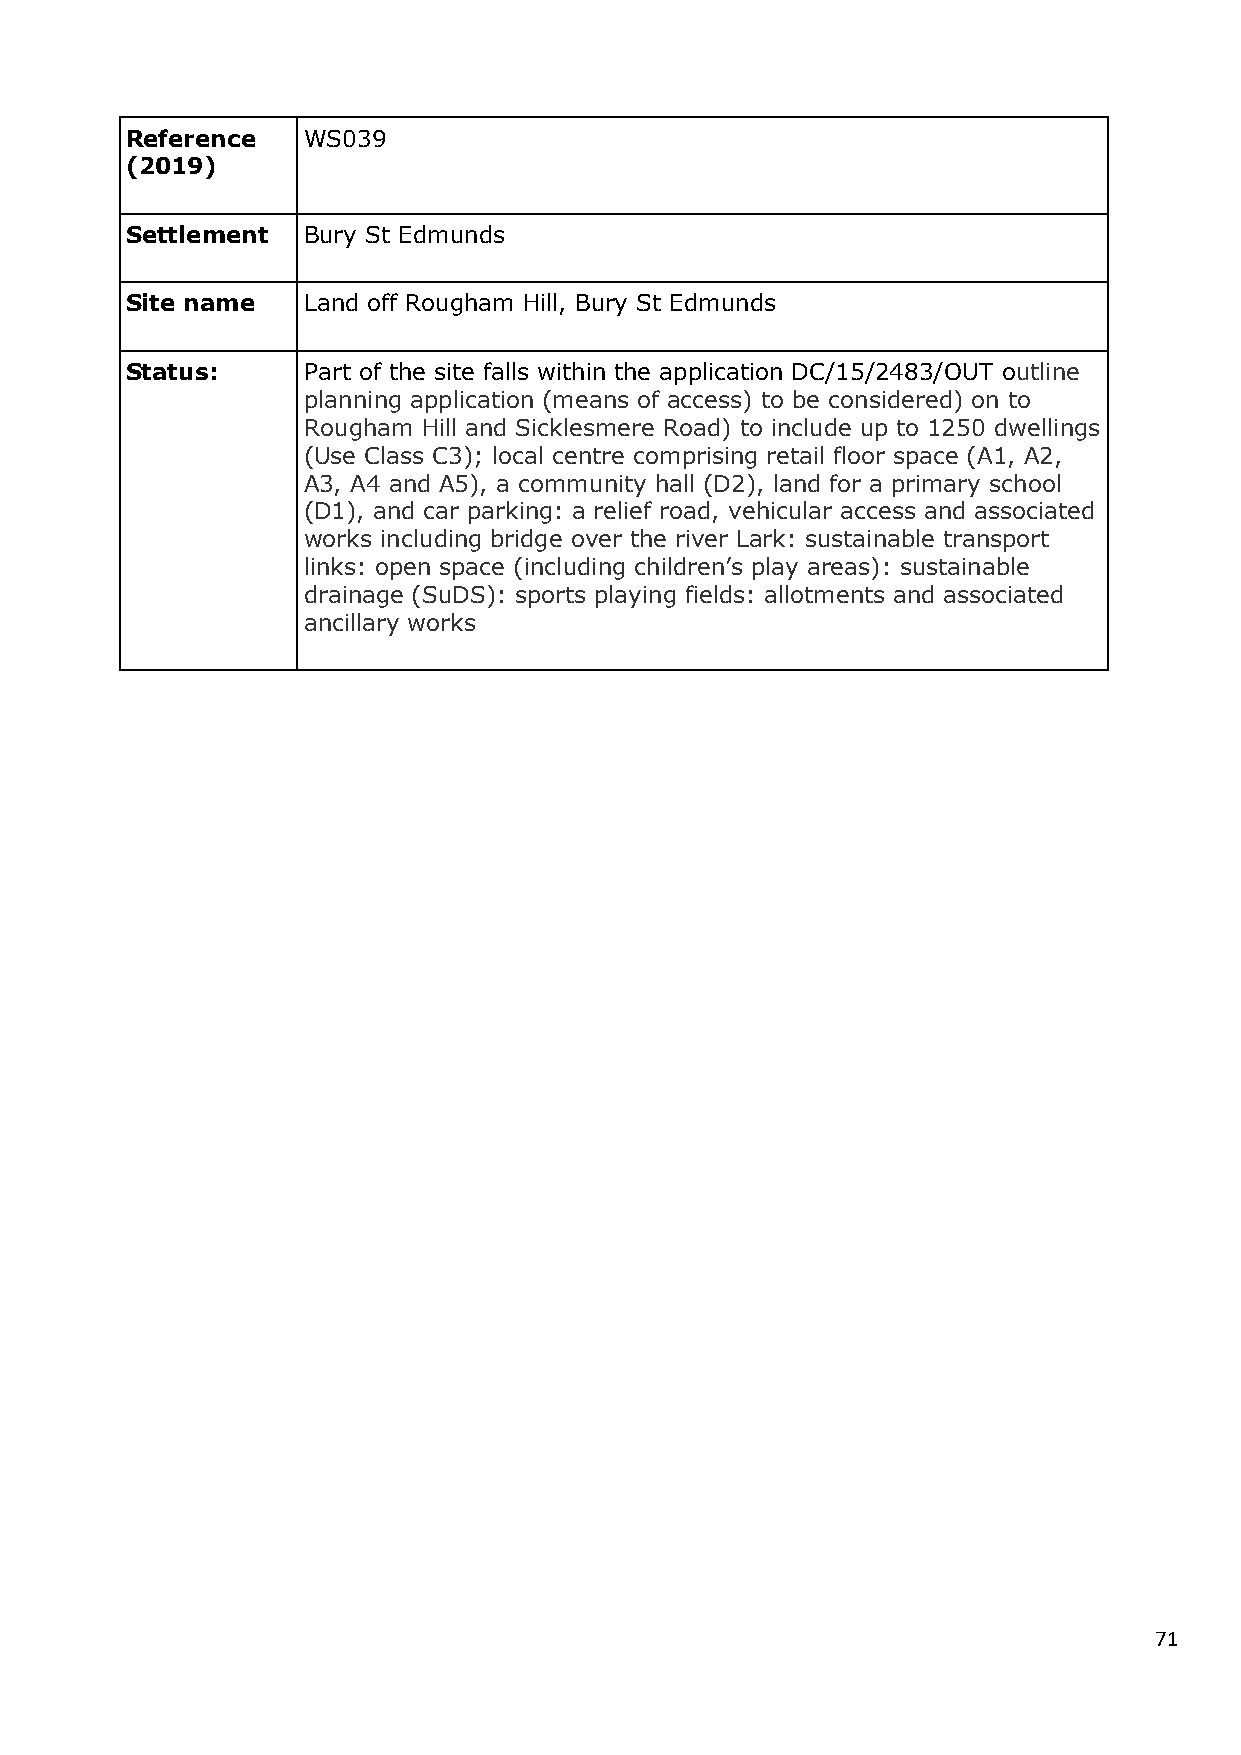
Reference   WS039
 (2019)
 Settlement  Bury St Edmunds
 Site name   Land off Rougham Hill, Bury St Edmunds
 Status:     Part of the site falls within the application DC/15/2483/OUT outline
 planning application (means of access) to be considered) on to
 Rougham Hill and Sicklesmere Road) to include up to 1250 dwellings
 (Use Class C3); local centre comprising retail floor space (A1, A2,
 A3, A4 and A5), a community hall (D2), land for a primary school
 (D1), and car parking: a relief road, vehicular access and associated
 works including bridge over the river Lark: sustainable transport
 links: open space (including children’s play areas): sustainable
 drainage (SuDS): sports playing fields: allotments and associated
 ancillary works
 71